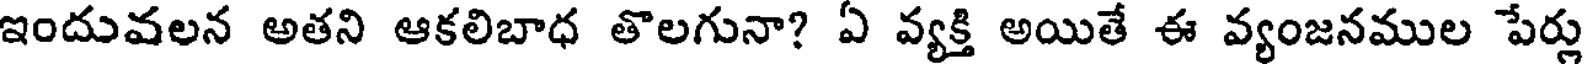
ఇందువలన అతని ఆకలిబాధ తొలగునా? ఏ వ్యక్తి అయితే ఈ వ్యంజనముల పేర్లు